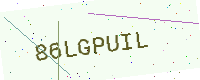
Text: 86LGPUIL